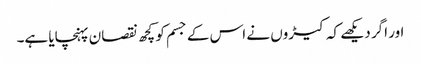
اور اگر دیکھے کہ کیڑوں نے اس کے جسم کو کچھ نقصان پہنچایا ہے۔